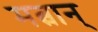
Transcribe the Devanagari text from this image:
मत्वान्